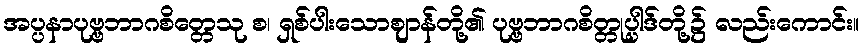
အပ္ပနာပုဗ္ဗဘာဂစိတ္တေသု စ၊ ရှစ်ပါးသောဈာန်တို့၏ ပုဗ္ဗဘာဂစိတ္တုပ္ပါဒ်တို့၌ လည်းကောင်း။